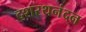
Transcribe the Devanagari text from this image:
दशरथनंदन